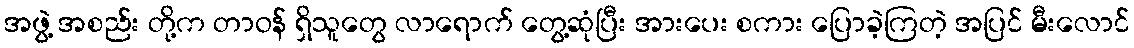
အဖွဲ့ အစည်း တို့က တာဝန် ရှိသူတွေ လာရောက် တွေ့ဆုံပြီး အားပေး စကား ပြောခဲ့ကြတဲ့ အပြင် မီးလောင်